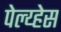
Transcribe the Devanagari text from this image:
पेल्य्हेस